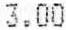
3.00